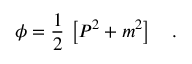
\phi = \frac { 1 } { 2 } \, \left[ P ^ { 2 } + m ^ { 2 } \right] \ \ \ .